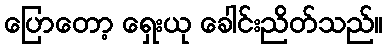
ပြောတော့ ရှေးယု ခေါင်းညိတ်သည်။